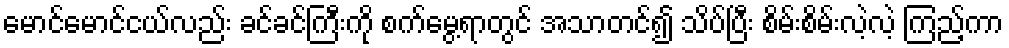
မောင်မောင်ငယ်လည်း ခင်ခင်ကြီးကို စက်မွေ့ရာတွင် အသာတင်၍ သိပ်ပြီး စိမ်းစိမ်းလဲ့လဲ့ ကြည့်ကာ